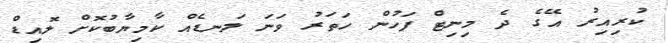
ކުރިއިރު އޭގެ ދެ މިނިޓް ފަހުން ހަތަރު ވަނަ ލަނޑެއް ކާމިޔާބުކޮށް ލޮއިޑް